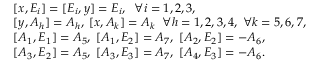
\begin{array} { r l } & { [ x , E _ { i } ] = [ E _ { i } , y ] = E _ { i } , \; \; \forall i = 1 , 2 , 3 , } \\ & { [ y , A _ { h } ] = A _ { h } , \; [ x , A _ { k } ] = A _ { k } \; \; \forall h = 1 , 2 , 3 , 4 , \; \forall k = 5 , 6 , 7 , } \\ & { [ A _ { 1 } , E _ { 1 } ] = A _ { 5 } , \; [ A _ { 1 } , E _ { 2 } ] = A _ { 7 } , \; [ A _ { 2 } , E _ { 2 } ] = - A _ { 6 } , } \\ & { [ A _ { 3 } , E _ { 2 } ] = A _ { 5 } , \; [ A _ { 3 } , E _ { 3 } ] = A _ { 7 } , \; [ A _ { 4 } , E _ { 3 } ] = - A _ { 6 } . } \end{array}